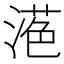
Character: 𱧷